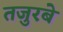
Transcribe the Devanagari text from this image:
तजुरबे